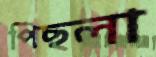
পিছলা